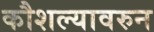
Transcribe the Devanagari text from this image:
कौशल्यावरुन